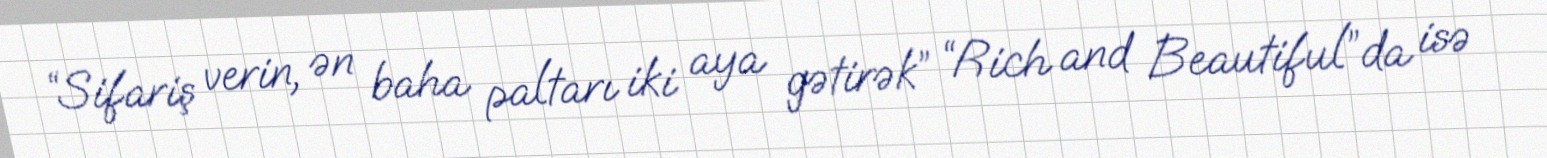
“Sifariş verin, ən baha paltarı iki aya gətirək” “Rich and Beautiful”da isə